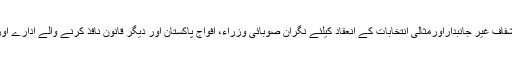
2015ء)نگران وزیر اعلیٰ گلگت بلتستان شیر جہان میر نے کہا ہے کہ گلگت بلتستان میں پر امن شفاف غیر جانبداراورمثالی انتخابات کے انعقاد کیلئے نگران صوبائی وزراء، افواج پاکستان اور دیگر قانون نافذ کرنے والے ادارے اور انتظامیہ کے آفیسران خراج تحسین کے مستحق ہیں اور یہ دوسرے صوبوں کیلئے ایک مثال ہے۔